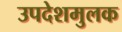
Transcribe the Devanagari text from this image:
उपदेशमुलक